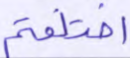
اختلفتم